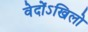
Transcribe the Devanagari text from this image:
वेदोंऽखिलो